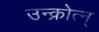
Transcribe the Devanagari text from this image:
उन्क्नोत्न्